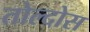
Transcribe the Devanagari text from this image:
तोल्दोस